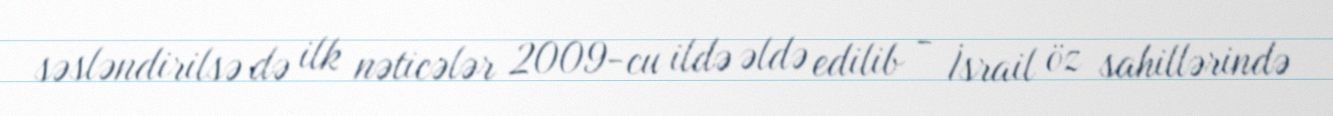
səsləndirilsə də ilk nəticələr 2009-cu ildə əldə edilib - İsrail öz sahillərində